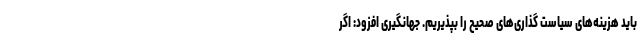
باید هزینه‌های سیاست گذاری‌های صحیح را بپذیریم. جهانگیری افزود: اگر